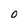
Character: 0